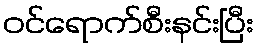
ဝင်ရောက်စီးနင်းပြီး